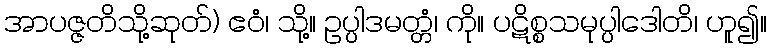
အာပဇ္ဇတိသို့ဆုတ်) ဧဝံ၊ သို့။ ဥပ္ပါဒမတ္တံ၊ ကို။ ပဋိစ္စသမုပ္ပါဒေါတိ၊ ဟူ၍။